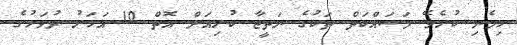
ހިމެނި ކުރެވޭ މަސައްކަތް ތަކުގެ ނަތީޖާ ކުރިއަށް އޮތް 10 އަހަރު ދުވަހުގެ